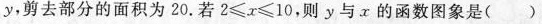
y，剪去部分的面积为20.若$$2 ≤ x ≤ 1 0$$，则y与x的函数图象是( )